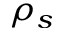
\rho _ { s }